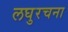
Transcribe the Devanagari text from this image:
लघुरचना